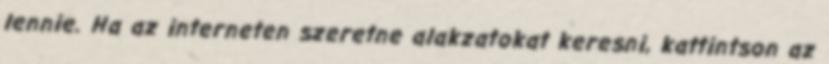
lennie. Ha az interneten szeretne alakzatokat keresni, kattintson az